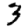
Digit: 3